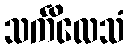
သင်္ကိလေသံ